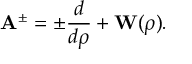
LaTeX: { \bf A } ^ { \pm } = \pm \frac { d } { d \rho } + { \bf W } ( \rho ) .